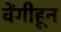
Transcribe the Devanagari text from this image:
वेंगीहून